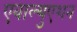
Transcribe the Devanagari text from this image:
एवाल्युएशन